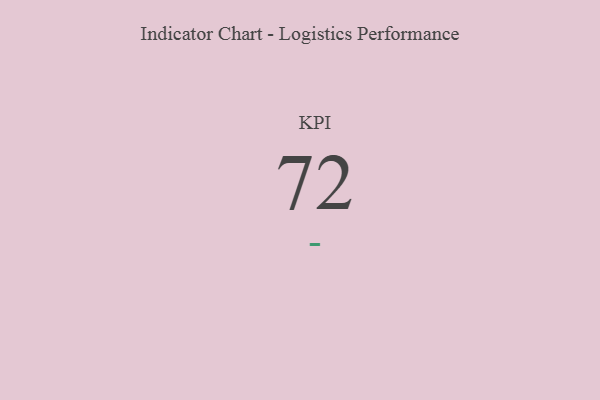
{"axis": {"x": "KPI", "y": "Value"}, "legend": [""], "data": [{"x": "KPI", "y": 72, "type": ""}]}